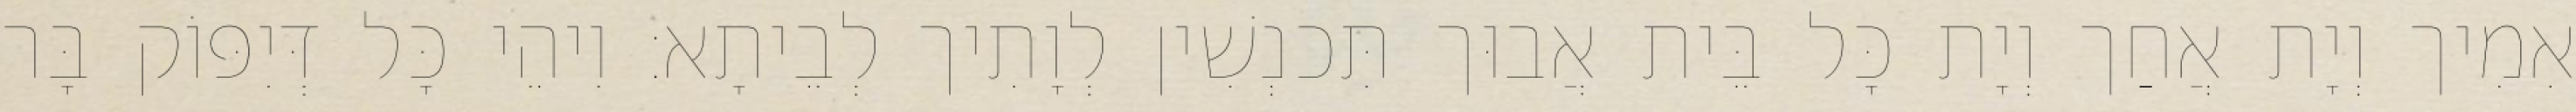
אִמִיך וְיָת אֲחַך וְיָת כָּל בֵּית אֲבוּך תִּכנְשִׁין לְוָתִיך לְבֵיתָא׃ וִיהֵי כָּל דְּיִפּוֹק בָּר